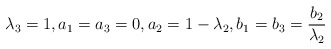
\begin{align*} \lambda_3=1, a_1=a_3=0, a_2=1-\lambda_2, b_1=b_3=\frac{b_2}{\lambda_2}\end{align*}